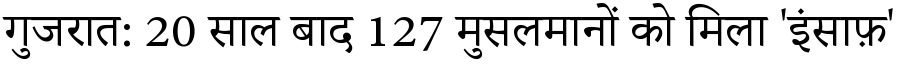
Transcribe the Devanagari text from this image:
गुजरात: 20 साल बाद 127 मुसलमानों को मिला 'इंसाफ़'